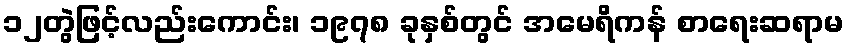
၁၂တွဲဖြင့်လည်းကောင်း၊ ၁၉၇၈ ခုနှစ်တွင် အမေရိကန် စာရေးဆရာမ